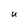
Character: U